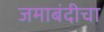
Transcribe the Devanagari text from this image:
जमाबंदीचा